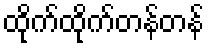
ထိုက်ထိုက်တန်တန်